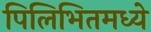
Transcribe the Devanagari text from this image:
पिलिभितमध्ये